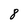
Character: 8